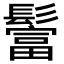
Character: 𩯅